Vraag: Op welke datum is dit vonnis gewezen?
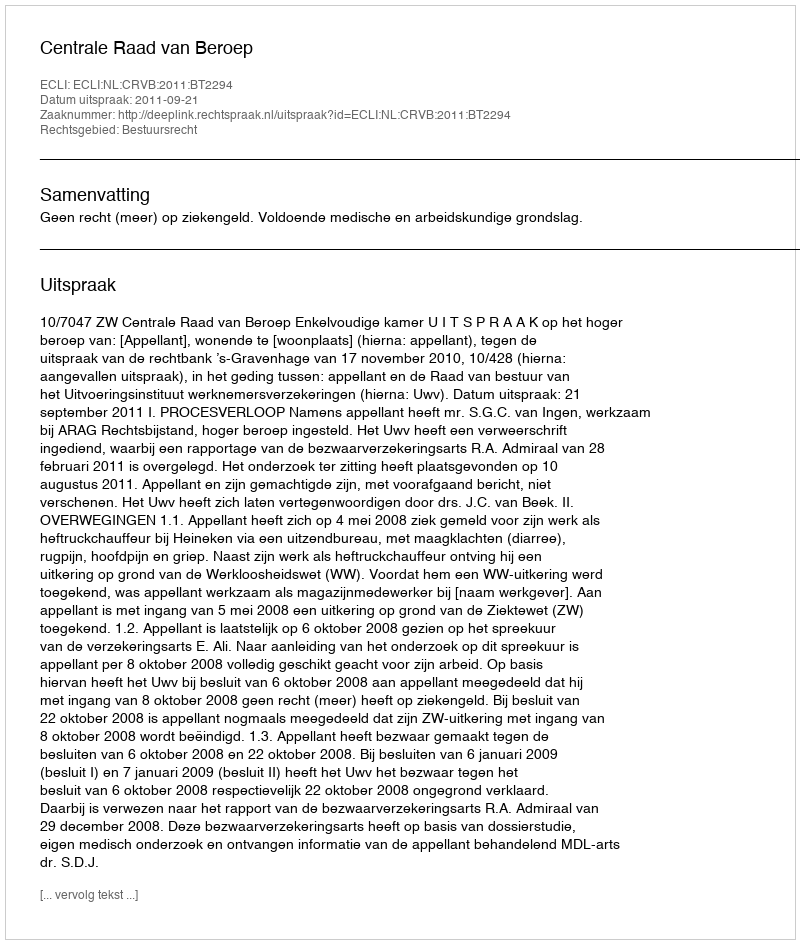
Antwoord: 2011-09-21